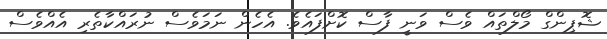
ޝޮޕިންގް މޯލްތައް ވެސް ވަނީ ފާސް ކޮށްފައެވެ. އެހެން ނަމަވެސް ނުރައްކާތެރި އެއްވެސް